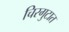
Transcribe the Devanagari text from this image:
चिरगुटात